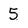
Character: 5